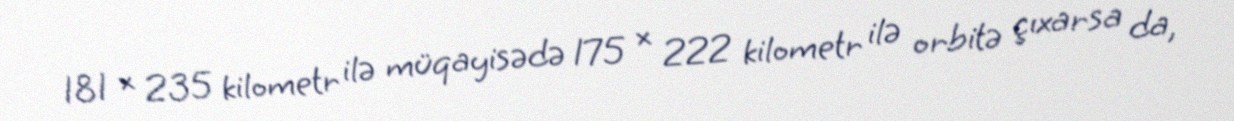
181 × 235 kilometr ilə müqayisədə 175 × 222 kilometr ilə orbitə çıxarsa da,